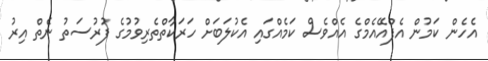
އެހެން ކަމުން އެފްއޭއެމްގެ އެއްވެސް ކަމެއްގައި އެކުލަބަށް ހަރަކާތްތެރިވުމުގެ ފުރުސަތު ނެތް އިރު